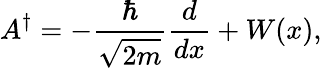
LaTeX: A^{\dagger}=-{\frac{\hbar}{\sqrt{2m}}}{\frac{d}{dx}}+W(x),